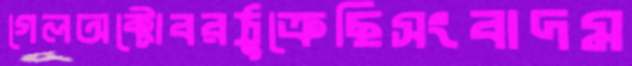
গেলঅক্টোবরঠুক্‌রেছিসংবাদম